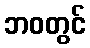
ဘဝတွင်